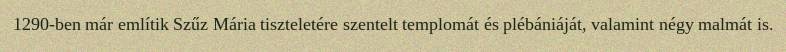
1290-ben már említik Szűz Mária tiszteletére szentelt templomát és plébániáját, valamint négy malmát is.